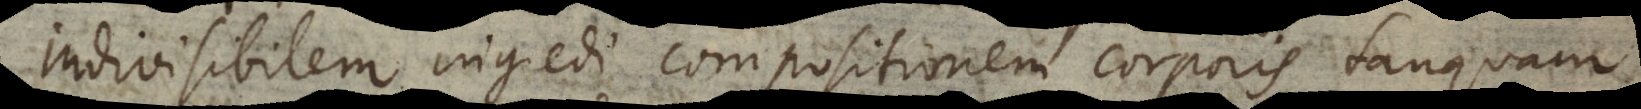
indivisibilem ingredi compositionem corporis tanquam